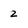
Character: 2